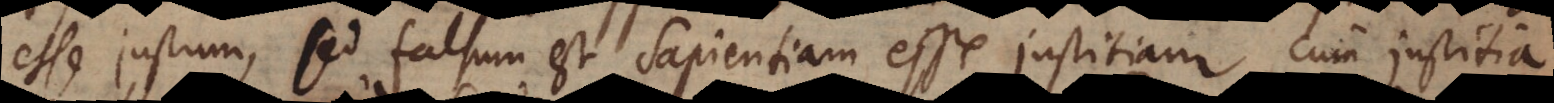
esse justum, sed falsum est Sapientiam esse justitiam, cum justitia